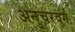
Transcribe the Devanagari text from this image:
अनुचरवर्ग